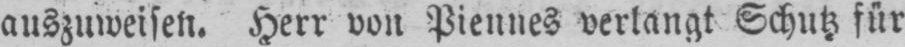
auszuweisen. Herr von Piennes verlangt Schutz für